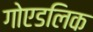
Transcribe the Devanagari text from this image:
गोएडलिक